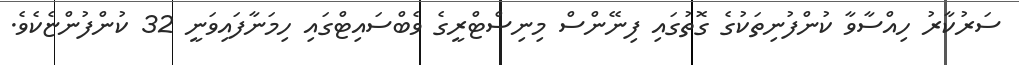
ސަރުކާރު ހިއްސާވާ ކުންފުނިތަކުގެ ގޮތުގައި ފިނޭންސް މިނިސްޓްރީގެ ވެބްސައިޓްގައި ހިމަނާފައިވަނީ 32 ކުންފުންޏެކެވެ.